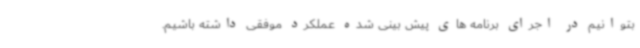
بتوانیم در اجرای برنامه های پیش بینی شده عملکرد موفقی داشته باشیم.